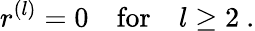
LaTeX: r^{(l)}=0\quad\mathrm{for}\quad l\geq 2\ .